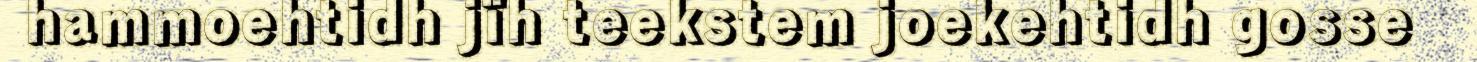
hammoehtidh jïh teekstem joekehtidh gosse